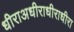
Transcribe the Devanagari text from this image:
धीराअधीराधीराधीरा